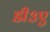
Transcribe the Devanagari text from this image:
डी३ए